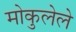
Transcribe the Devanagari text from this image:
मोकुलेले